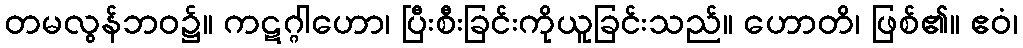
တမလွန်ဘဝ၌။ ကဋဂ္ဂါဟော၊ ပြီးစီးခြင်းကိုယူခြင်းသည်။ ဟောတိ၊ ဖြစ်၏။ ဧဝံ၊